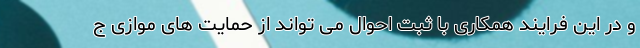
و در این فرایند همکاری با ثبت احوال می تواند از حمایت های موازی ج